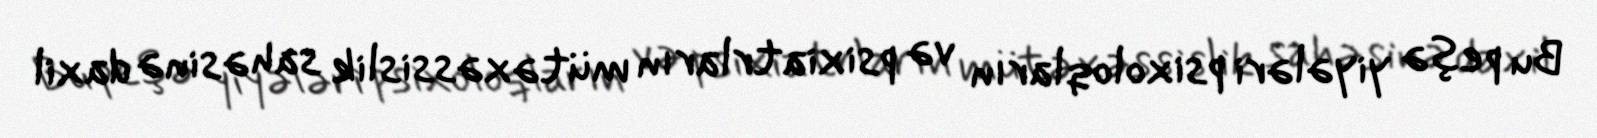
Bu peşə yiyələri psixoloqların və psixiatrların mütəxəssislik sahəsinə daxil